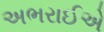
અભરાઈએ